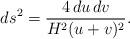
LaTeX: \begin{align*}ds^2=\frac{4\,du\,dv}{H^2(u+v)^2}. \end{align*}